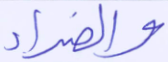
والضراء